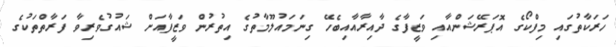
ހަރަކާތުގައި މިފްކޯގެ އޮޕަރޭޝަންއާއި ވަޒީފާގެ ދާއިރާއާއިބެހޭ ގިނަމައުލޫމާތުގެ އިތުރުން ވަޒީފާއަށް ޝައުގުވެރިވާ ފަރާތްތަކުގެ